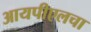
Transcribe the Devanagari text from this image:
आयपीएलचा